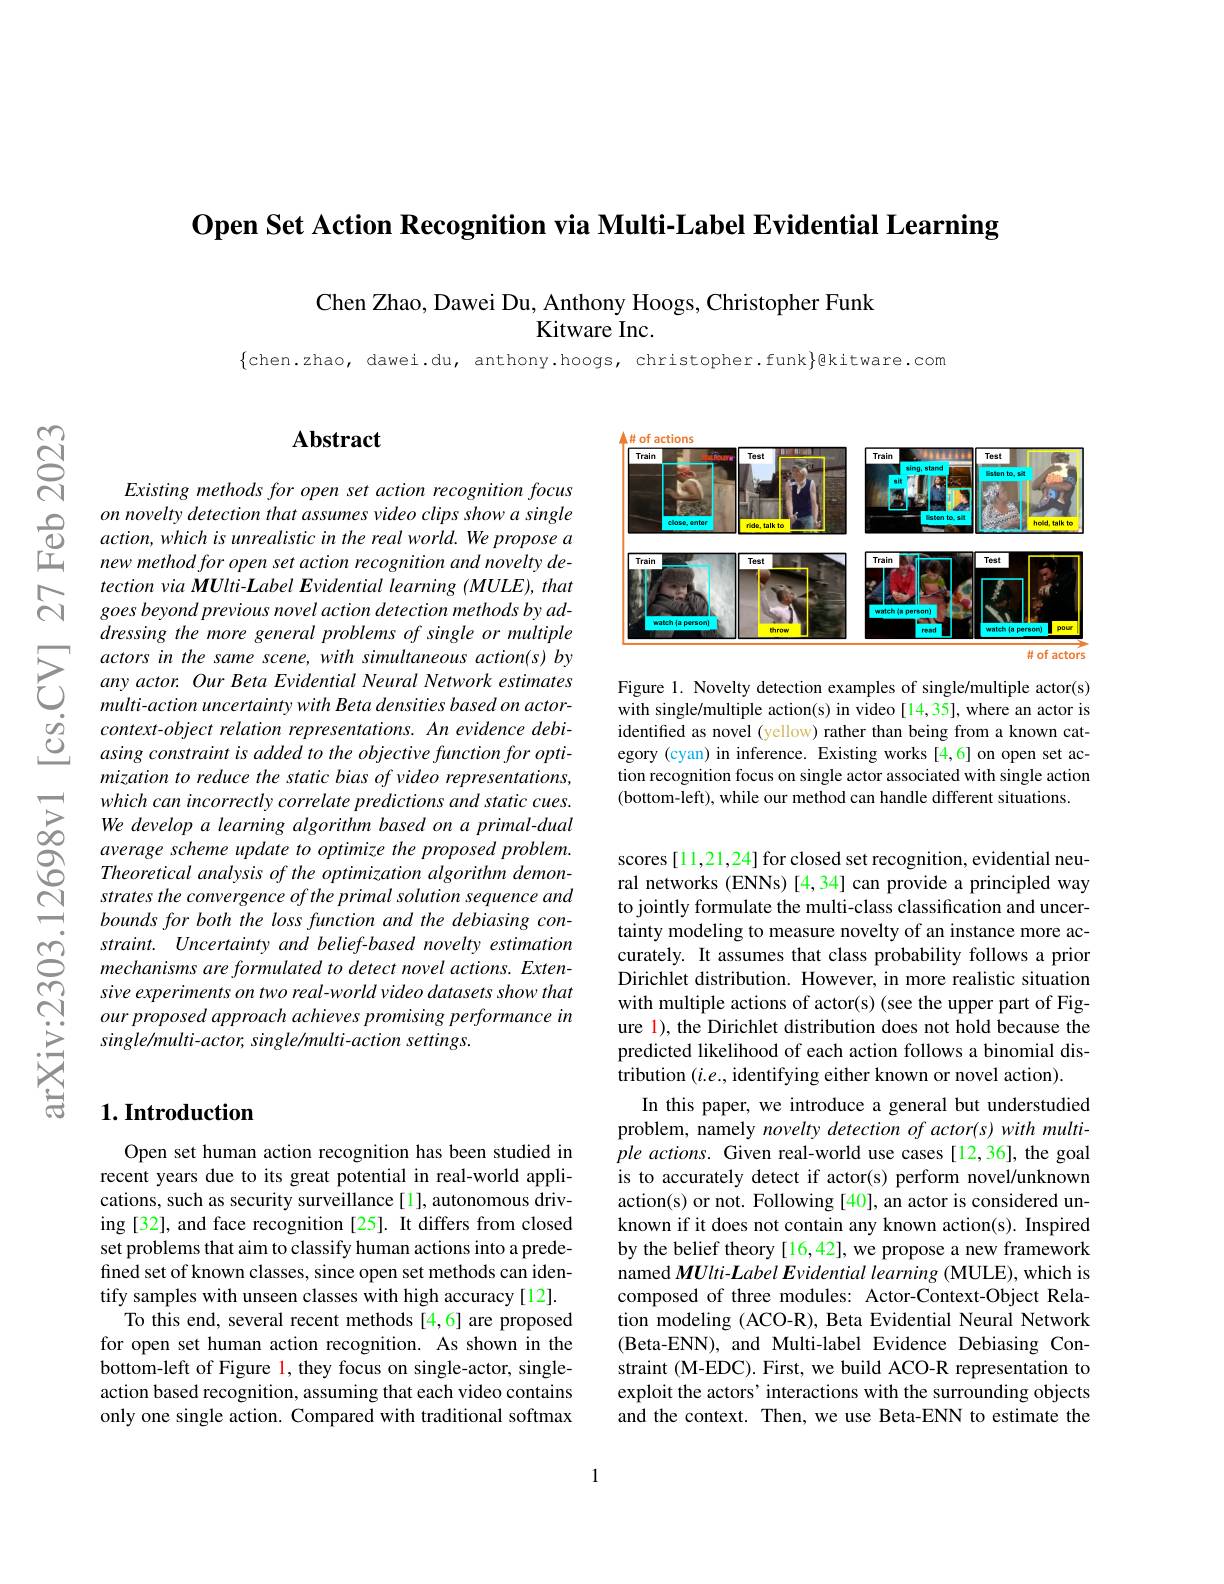
$\textbf{Open Set Action Recognition via Multi- Label Evidential Learning}$

Chen Zhao, Dawei Du, Anthony Hoogs, Christopher Funk
Kitware Inc.

$\{$chen.zhao, dawei.du, anthony.hoogs, christopher.funk}]色kitware.con

$ଟ୍ରି$

### $\mathbf{Abstract}$

Existing methods for open set action recognition focus
$\begin{array}{ccc}&on\:novelty\:detection\:that\:assumes\:video\:clips\:show\:a\:single\\\textcircled{1}&action,which\:is\:unrealistic\:in\:the\:real\:world.\:We\:propose\:a\\\text{正}&new\:method\:for\:open\:set\:action\:recognition\:and\:novelty\:de-\end{array}$
tection via MUlti-Label Evidential learning (MULE), that goes beyond previous novel action detection methods by addressing the more general problems of single or multiple actors in the same scene, with simultaneous action(s) by any actor. Our Beta Evidential Neural Network estimates multi-action uncertainty with Beta densities based on actorcontext-object relation representations. An evidence debiasing constraint is added to the objective function for optimization to reduce the static bias of video representations, which can incorrectly correlate predictions and static cues. We develop a learning algorithm based on a primal- dual average scheme update to optimize the proposed problem. Theoretical analysis of the optimization algorithm demonstrates the convergence of the primal solution sequence and bounds for both the loss function and the debiasing constraint. Uncertainty and belief-based novelty estimation mechanisms are formulated to detect novel actions. Extensive experiments on two real-world video datasets show that our proposed approach achieves promising performance in single/multi-actor, single/multi-action settings.

## $1. \textbf{Introduction}$

Open set human action recognition has been studied in recent years due to its great potential in real-world applications, such as security surveillance[1], autonomous driving [32], and face recognition [25]. It differs from closed set problems that aim to classify human actions into a predefined set of known classes, since open set methods can identify samples with unseen classes with high accuracy [12].
To this end, several recent methods [4,6] are proposed for open set human action recognition. As shown in the bottom-left of Figure l, they focus on single-actor, singleaction based recognition, assuming that each video contains only one single action. Compared with traditional softmax

<FigureHere>

Figure 1. Novelty detection examples of single/multiple actor(s) with single/multiple action(s) in video[14,35], where an actor is identified as novel (yellow) rather than being from a known category (cyan) in inference. Existing works [4,6] on open set action recognition focus on single actor associated with single action (bottom-left), while our method can handle different situations.

scores [11,21,24] for closed set recognition, evidential neural networks (ENNs)[4,34] can provide a principled way to jointly formulate the multi-class classification and uncertainty modeling to measure novelty of an instance more accurately. It assumes that class probability follows a prior Dirichlet distribution. However, in more realistic situation with multiple actions of actor(s) (see the upper part of Figure l), the Dirichlet distribution does not hold because the predicted likelihood of each action follows a binomial distribution $(i.e.$, identifying either known or novel action)
In this paper, we introduce a general but understudied problem, namely novelty detection of actor(s) with multiple actions. Given real-world use cases[12,36], the goal is to accurately detect if actor(s) perform novel/unknown action(s) or not. Following [40], an actor is considered unknown if it does not contain any known action(s). Inspired by the belief theory [16,42], we propose a new framework named MUlti- Label Evidential learning (MULE), which is composed of three modules: Actor-Context-Object Relation modeling (ACO-R), Beta Evidential Neural Network (Beta-ENN), and Multi-label Evidence Debiasing Constraint (M-EDC). First, we build ACO-R representation to exploit the actors' interactions with the surrounding objects and the context. Then, we use Beta-ENN to estimate the

1